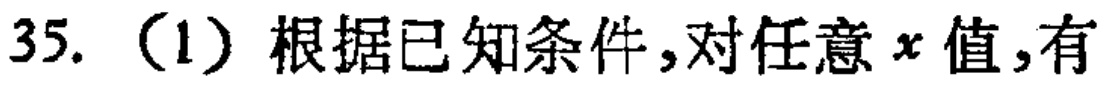
35. （1）根据已知条件，对任意\(x\)值，有